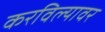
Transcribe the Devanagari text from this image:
करविल्यावर